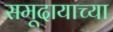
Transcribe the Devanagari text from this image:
समूदायाच्या